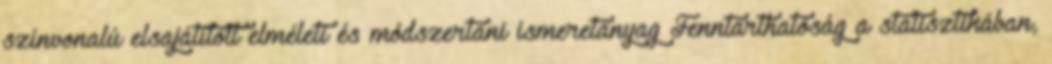
színvonalú elsajátított elméleti és módszertani ismeretanyag Fenntarthatóság a statisztikában,